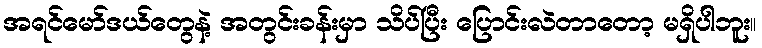
အရင်မော်ဒယ်တွေနဲ့ အတွင်းခန်းမှာ သိပ်ပြီး ပြောင်းလဲတာတော့ မရှိပါဘူး။